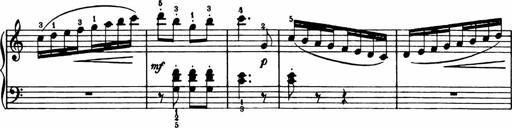
Title: Analytical Sonatinas
Composer: Frank Lynes